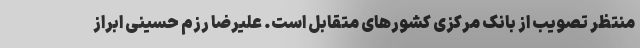
منتظر تصویب از بانک مرکزی کشورهای متقابل است. علیرضا رزم حسینی ابراز